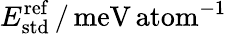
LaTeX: E_{\mathrm{std}}^{\mathrm{ref}}\, /\, \mathrm{meV\, atom}^{-1}